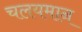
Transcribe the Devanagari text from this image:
चलयमान